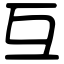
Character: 互